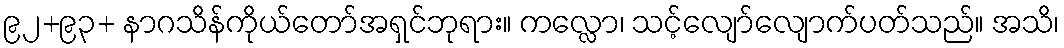
၉၂+၉၃+ နာဂသိန်ကိုယ်တော်အရှင်ဘုရား။ ကလ္လော၊ သင့်လျော်လျောက်ပတ်သည်။ အသိ၊